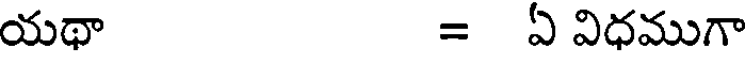
యథా = ఏ విధముగా